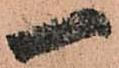
一